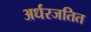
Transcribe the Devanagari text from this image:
अर्धरजतित